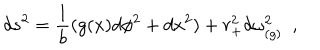
LaTeX: d s ^ { 2 } = { \frac { 1 } { b } } ( g ( x ) d \phi ^ { 2 } + d x ^ { 2 } ) + r _ { + } ^ { 2 } d \omega _ { ( g ) } ^ { 2 } ~ ~ ,